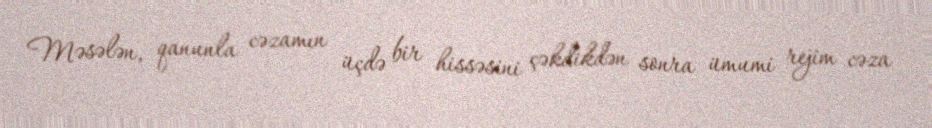
Məsələn, qanunla cəzamın üçdə bir hissəsini çəkdikdən sonra ümumi rejim cəza